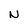
Character: W